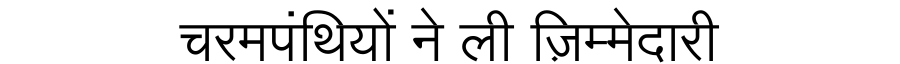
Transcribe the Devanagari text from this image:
चरमपंथियों ने ली ज़िम्मेदारी